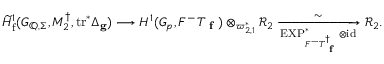
\widetilde { H } _ { \mathrm { f } } ^ { 1 } ( G _ { \mathbb { Q } , \Sigma } , M _ { 2 } ^ { \dagger } , \mathrm { t r } ^ { * } \Delta _ { \mathbf { g } } ) \longrightarrow H ^ { 1 } ( G _ { p } , F ^ { - } T _ { \textup { \bf f } } ) \otimes _ { \varpi _ { 2 , 1 } ^ { * } } \mathcal { R } _ { 2 } \xrightarrow [ \mathrm { E X P } _ { F ^ { - } T _ { \textup { \bf f } } ^ { \dagger } } ^ { * } \otimes \mathrm { i d } ] { \sim } \mathcal { R } _ { 2 } .